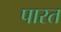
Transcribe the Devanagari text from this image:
पारत